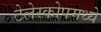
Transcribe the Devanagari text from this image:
टेलेस्कोपमध्ये